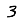
Digit: 3